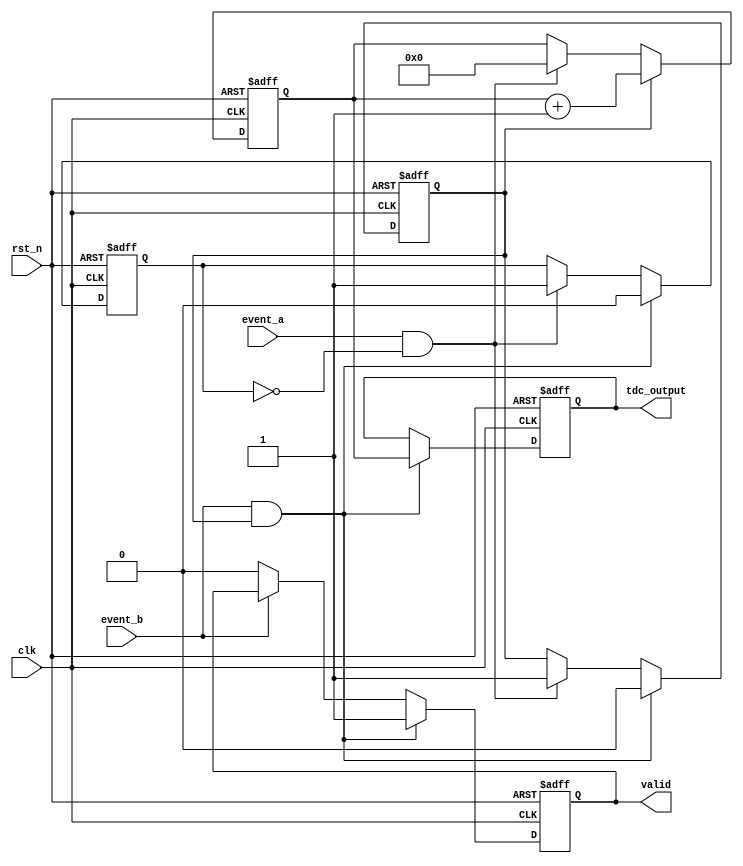
module TDC (
    input wire clk,            // High-frequency clock
    input wire rst_n,         // Active low reset signal
    input wire event_a,       // Event A input
    input wire event_b,       // Event B input
    output reg [15:0] tdc_output, // Digital output of time measurement
    output reg valid          // Indicates that the output is valid
);

    reg [15:0] counter;      // Counter for clock cycles
    reg capturing;           // State of the TDC (capturing or idle)
    reg event_a_detected;    // Flag to indicate Event A was detected

    // Edge detection for Event A
    always @(posedge clk or negedge rst_n) begin
        if (!rst_n) begin
            event_a_detected <= 0;
            valid <= 0;
            capturing <= 0;
            counter <= 0;
            tdc_output <= 0;
        end else begin
            if (event_a && !event_a_detected) begin
                event_a_detected <= 1;  // Mark event A as detected
                capturing <= 1;          // Start capturing
                counter <= 0;            // Reset counter
            end
            
            if (capturing) begin
                counter <= counter + 1;  // Increment counter
            end

            // Edge detection for Event B
            if (event_b && capturing) begin
                capturing <= 0;           // Stop capturing
                event_a_detected <= 0;    // Reset event A detected flag
                tdc_output <= counter;     // Store counter value as TDC output
                valid <= 1;                // Mark output as valid
            end
            else if (!event_b) begin
                valid <= 0;                // Reset valid signal if Event B is not active
            end
        end
    end

endmodule